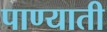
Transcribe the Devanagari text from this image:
पाण्याती